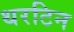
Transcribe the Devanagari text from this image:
थरटिन